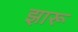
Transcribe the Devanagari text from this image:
झारू